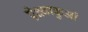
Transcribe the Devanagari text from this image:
ऐक्ष्वाकुओं